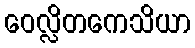
ဝေလ္လိတကေသိယာ